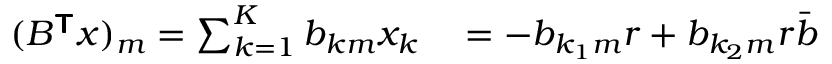
\begin{array} { r l } { ( B ^ { \boldsymbol { \mathsf { T } } } \boldsymbol { x } ) _ { m } = \sum _ { k = 1 } ^ { K } b _ { k m } x _ { k } } & { { } = - b _ { { k _ { 1 } } m } r + b _ { { k _ { 2 } } m } r \bar { b } } \end{array}